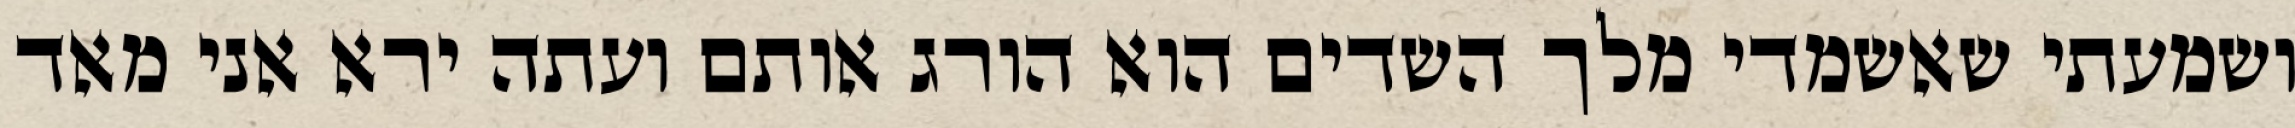
ושמעתי שאשמדי מלך השדים הוא הורג אותם ועתה ירא אני מאד